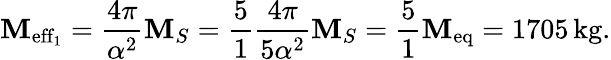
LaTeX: \mathbf{M}_{\mathrm{{eff_{1}}}}=\frac{{4\pi}}{{\alpha^{2}}}\mathbf{M}_{S}=\frac{{5}}{{1}}\frac{{4\pi}}{{5\alpha^{2}}}\mathbf{M}_{S}=\frac{{5}}{{1}}\mathbf{M}_{\mathrm{{eq}}}=1705\, \mathrm{{kg.}}